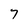
Character: 7